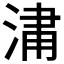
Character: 𣷈